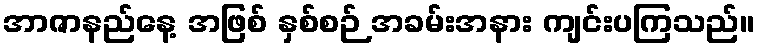
အာဇာနည်နေ့ အဖြစ် နှစ်စဉ် အခမ်းအနား ကျင်းပကြသည်။